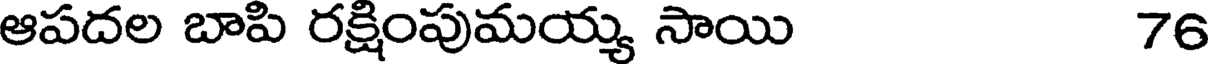
ఆపదల బాపి రక్షింపుమయ్య సాయి 76